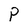
Character: P